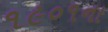
૧૯૦૧ના